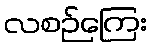
လစဉ်ကြေး